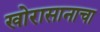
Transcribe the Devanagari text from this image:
खोरासानाचा